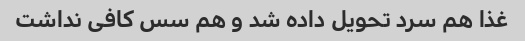
غذا هم سرد تحویل داده شد و هم سس کافی نداشت